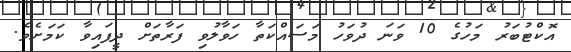
އޮކްޓުބަރު މަހުގެ 10 ވަނަ ދުވަހު މަސައްކަތާ ހަވާލުވި ފަރާތަށް ދީފައިވާ ކަމަށެވެ.